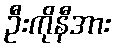
ဦးကိုနီအား